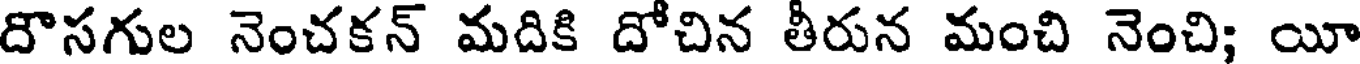
దొసగుల నెంచకన్ మదికి దోచిన తీరున మంచి నెంచి; యీ